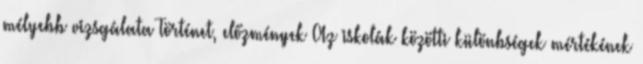
mélyebb vizsgálata Történet, előzmények Az iskolák közötti különbségek mértékének